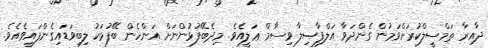
ދާއިރާ ތަމްސީލްކުރަށްވަމުން ގެންދަވާ އަލްފާޞިލާ ވިސާމް ޢަލީއެވެ. މިދެބޭފުޅުންނަށް އަންހެން ބޭފުޅަކު ލިބިވަޑައިގެންފައިވެއެވެ.